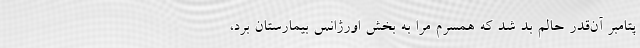
پتامبر آن‌قدر حالم بد شد که همسرم مرا به بخش اورژانس بیمارستان برد،